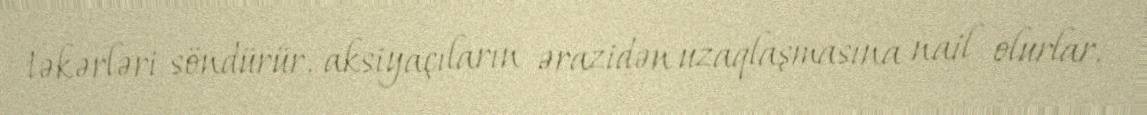
təkərləri söndürür, aksiyaçıların ərazidən uzaqlaşmasına nail olurlar.